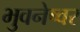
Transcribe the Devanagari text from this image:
भुवनेष्वर